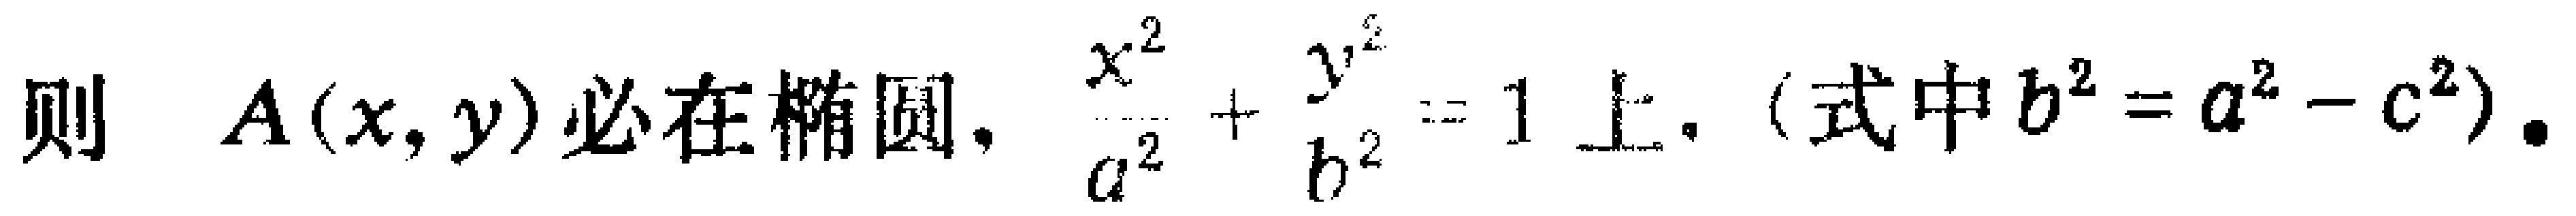
则 \(A(x,y)\) 必在椭圆，\(\frac{x^{2}}{a^{2}}+\frac{y^{2}}{b^{2}} = 1\) 上.（式中 \(b^{2}=a^{2}-c^{2}\)）.